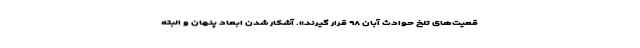
قعیت‌های تلخ حوادث آبان ۹۸ قرار گیرند». آشکار ‌شدن ابعاد پنهان و البته